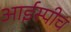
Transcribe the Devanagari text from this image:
आईस्पीच